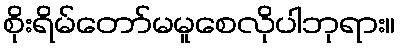
စိုးရိမ်တော်မမူစေလိုပါဘုရား။